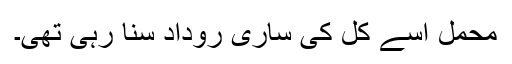
محمل اسے کل کی ساری روداد سنا رہی تھی۔